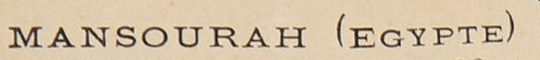
MANSOURAH (EGYPTE)